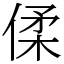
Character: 㑱